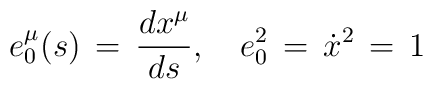
e^\mu _0(s) \,=\,\frac{dx^\mu}{ds}, \quad e_0^2\,=\,\dot x^2\,=\,1